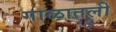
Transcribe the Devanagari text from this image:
गाळातली